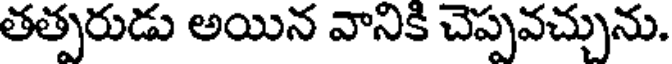
తత్పరుడు అయిన వానికి చెప్పవచ్చును.